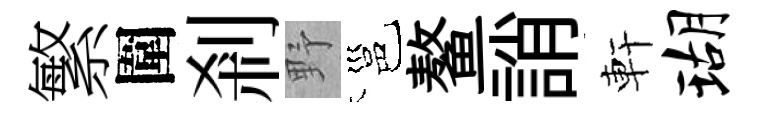
繁圍剎野邕鳌誚軒瑚